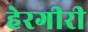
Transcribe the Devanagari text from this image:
हेरगीरी